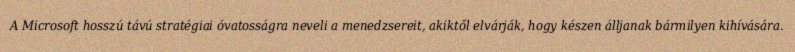
A Microsoft hosszú távú stratégiai óvatosságra neveli a menedzsereit, akiktől elvárják, hogy készen álljanak bármilyen kihívására.